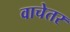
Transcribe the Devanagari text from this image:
वाचेतर